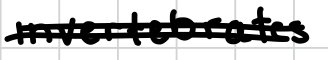
Text: invertebrates
Cross-out: double-line
Writing tool: digital_black